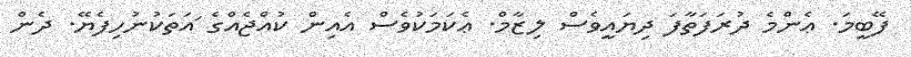
ފޭބީމަ. ޢެންމެ ދުރަފަތާފަ ދިޔައީވެސް ލިޒާމް. ޢެކަމަކުވެސް އެއިން ކުއްޖެއްގެ ަައަތަކުނުހިފެޔޭ. ދެން